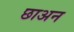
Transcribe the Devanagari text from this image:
छाअन